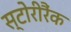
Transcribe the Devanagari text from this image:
स्टोरीरैंक